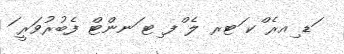
ަޑ ިއރެ ްކ ަޓރ ލެ ްފ ިޓ ަނންޓް ފެބުރުވަރީ ަ